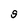
Character: g